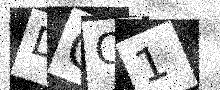
Text: DCO1